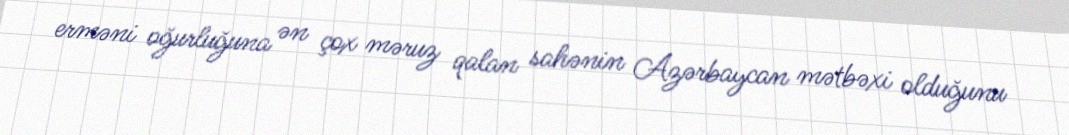
erməni oğurluğuna ən çox məruz qalan sahənin Azərbaycan mətbəxi olduğunu